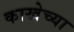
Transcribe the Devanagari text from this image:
काखेच्या